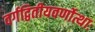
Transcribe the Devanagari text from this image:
वर्गद्वितीयवर्णोत्थाः